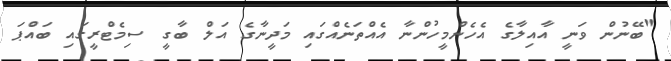
"ބޭނުން ވަނީ އާއިލާގެ އެހެންމީހުންނާ އެއްތަނެއްގައި މަދީނާގެ އަލް ބާގީ ސިމެޓްރީގައި ބައްޕަ